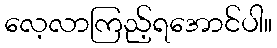
လေ့လာကြည့်ရအောင်ပါ။